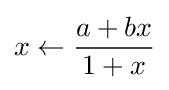
x\leftarrow {\frac {a+bx}{1+x}}